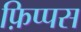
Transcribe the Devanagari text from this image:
फ़िप्पस